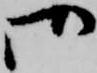
御